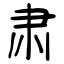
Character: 肃